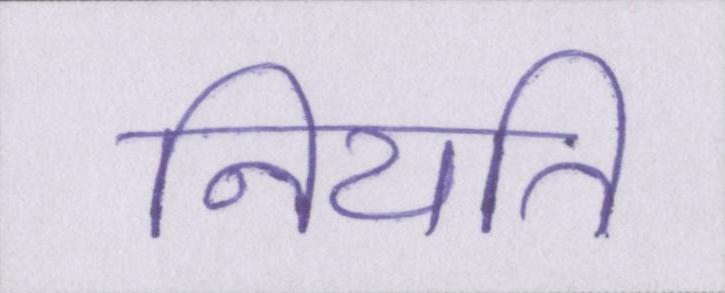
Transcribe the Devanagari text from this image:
नियति